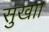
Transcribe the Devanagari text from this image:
सुखाा